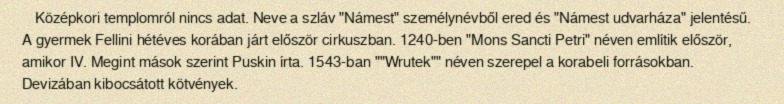
Középkori templomról nincs adat. Neve a szláv "Námest" személynévből ered és "Námest udvarháza" jelentésű. A gyermek Fellini hétéves korában járt először cirkuszban. 1240-ben "Mons Sancti Petri" néven említik először, amikor IV. Megint mások szerint Puskin írta. 1543-ban ""Wrutek"" néven szerepel a korabeli forrásokban. Devizában kibocsátott kötvények.